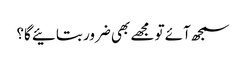
سمجھ آئے تو مجھے بھی ضرور بتائیے گا؟